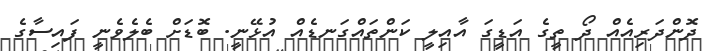
ދޮންދަރިއެއް ދޯ ތީގެ އަޑީގަ އާއިލީ ކަންތައްގަނޑެއް އުޅޭނީ. ބޮޑަށް ބެލެވެނީ ފައިސާގެ